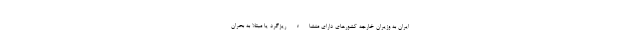
ایران به وزیران خارجه کشورهای دارای منشاء ریزگرد یا مبتلا به بحران